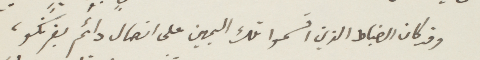
وقد كان الضباط الذين اقسموا تلك اليمين على اتصال دائم بفرنكو،